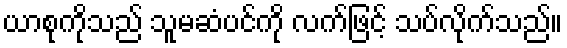
ယာစုကိုသည် သူမဆံပင်ကို လက်ဖြင့် သပ်လိုက်သည်။